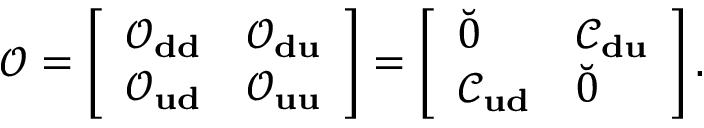
\mathcal { O } = \left[ \begin{array} { l l } { \mathcal { O } _ { \bf d d } } & { \mathcal { O } _ { \bf d u } } \\ { \mathcal { O } _ { \bf u d } } & { \mathcal { O } _ { \bf u u } } \end{array} \right] = \left[ \begin{array} { l l } { \breve { 0 } } & { \mathcal { C } _ { \bf d u } } \\ { \mathcal { C } _ { \bf u d } } & { \breve { 0 } } \end{array} \right] .